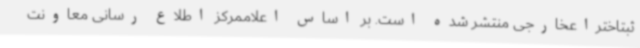
ثبتاختراعخارجی منتشر شده است. بر اساس اعلاممرکز اطلاع رسانی معاونت